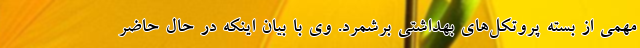
مهمی از بسته پروتکل‌های بهداشتی برشمرد. وی با بیان اینکه در حال حاضر